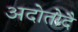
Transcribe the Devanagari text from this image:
अदोतोदै